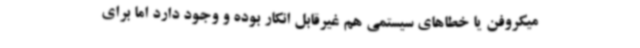
میکروفن یا خطاهای سیستمی هم غیرقابل انکار بوده و وجود دارد اما برای